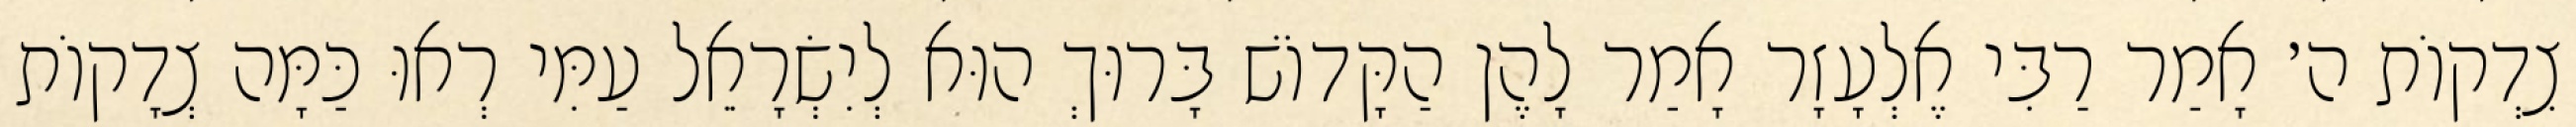
צִדְקוֹת ה׳ אָמַר רַבִּי אֶלְעָזָר אָמַר לָהֶן הַקָּדוֹשׁ בָּרוּךְ הוּא לְיִשְׂרָאֵל עַמִּי רְאוּ כַּמָּה צְדָקוֹת